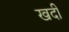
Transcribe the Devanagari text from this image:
खदी